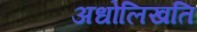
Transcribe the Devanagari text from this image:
अधोलिखति